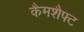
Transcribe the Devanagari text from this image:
कैमशैफ्ट